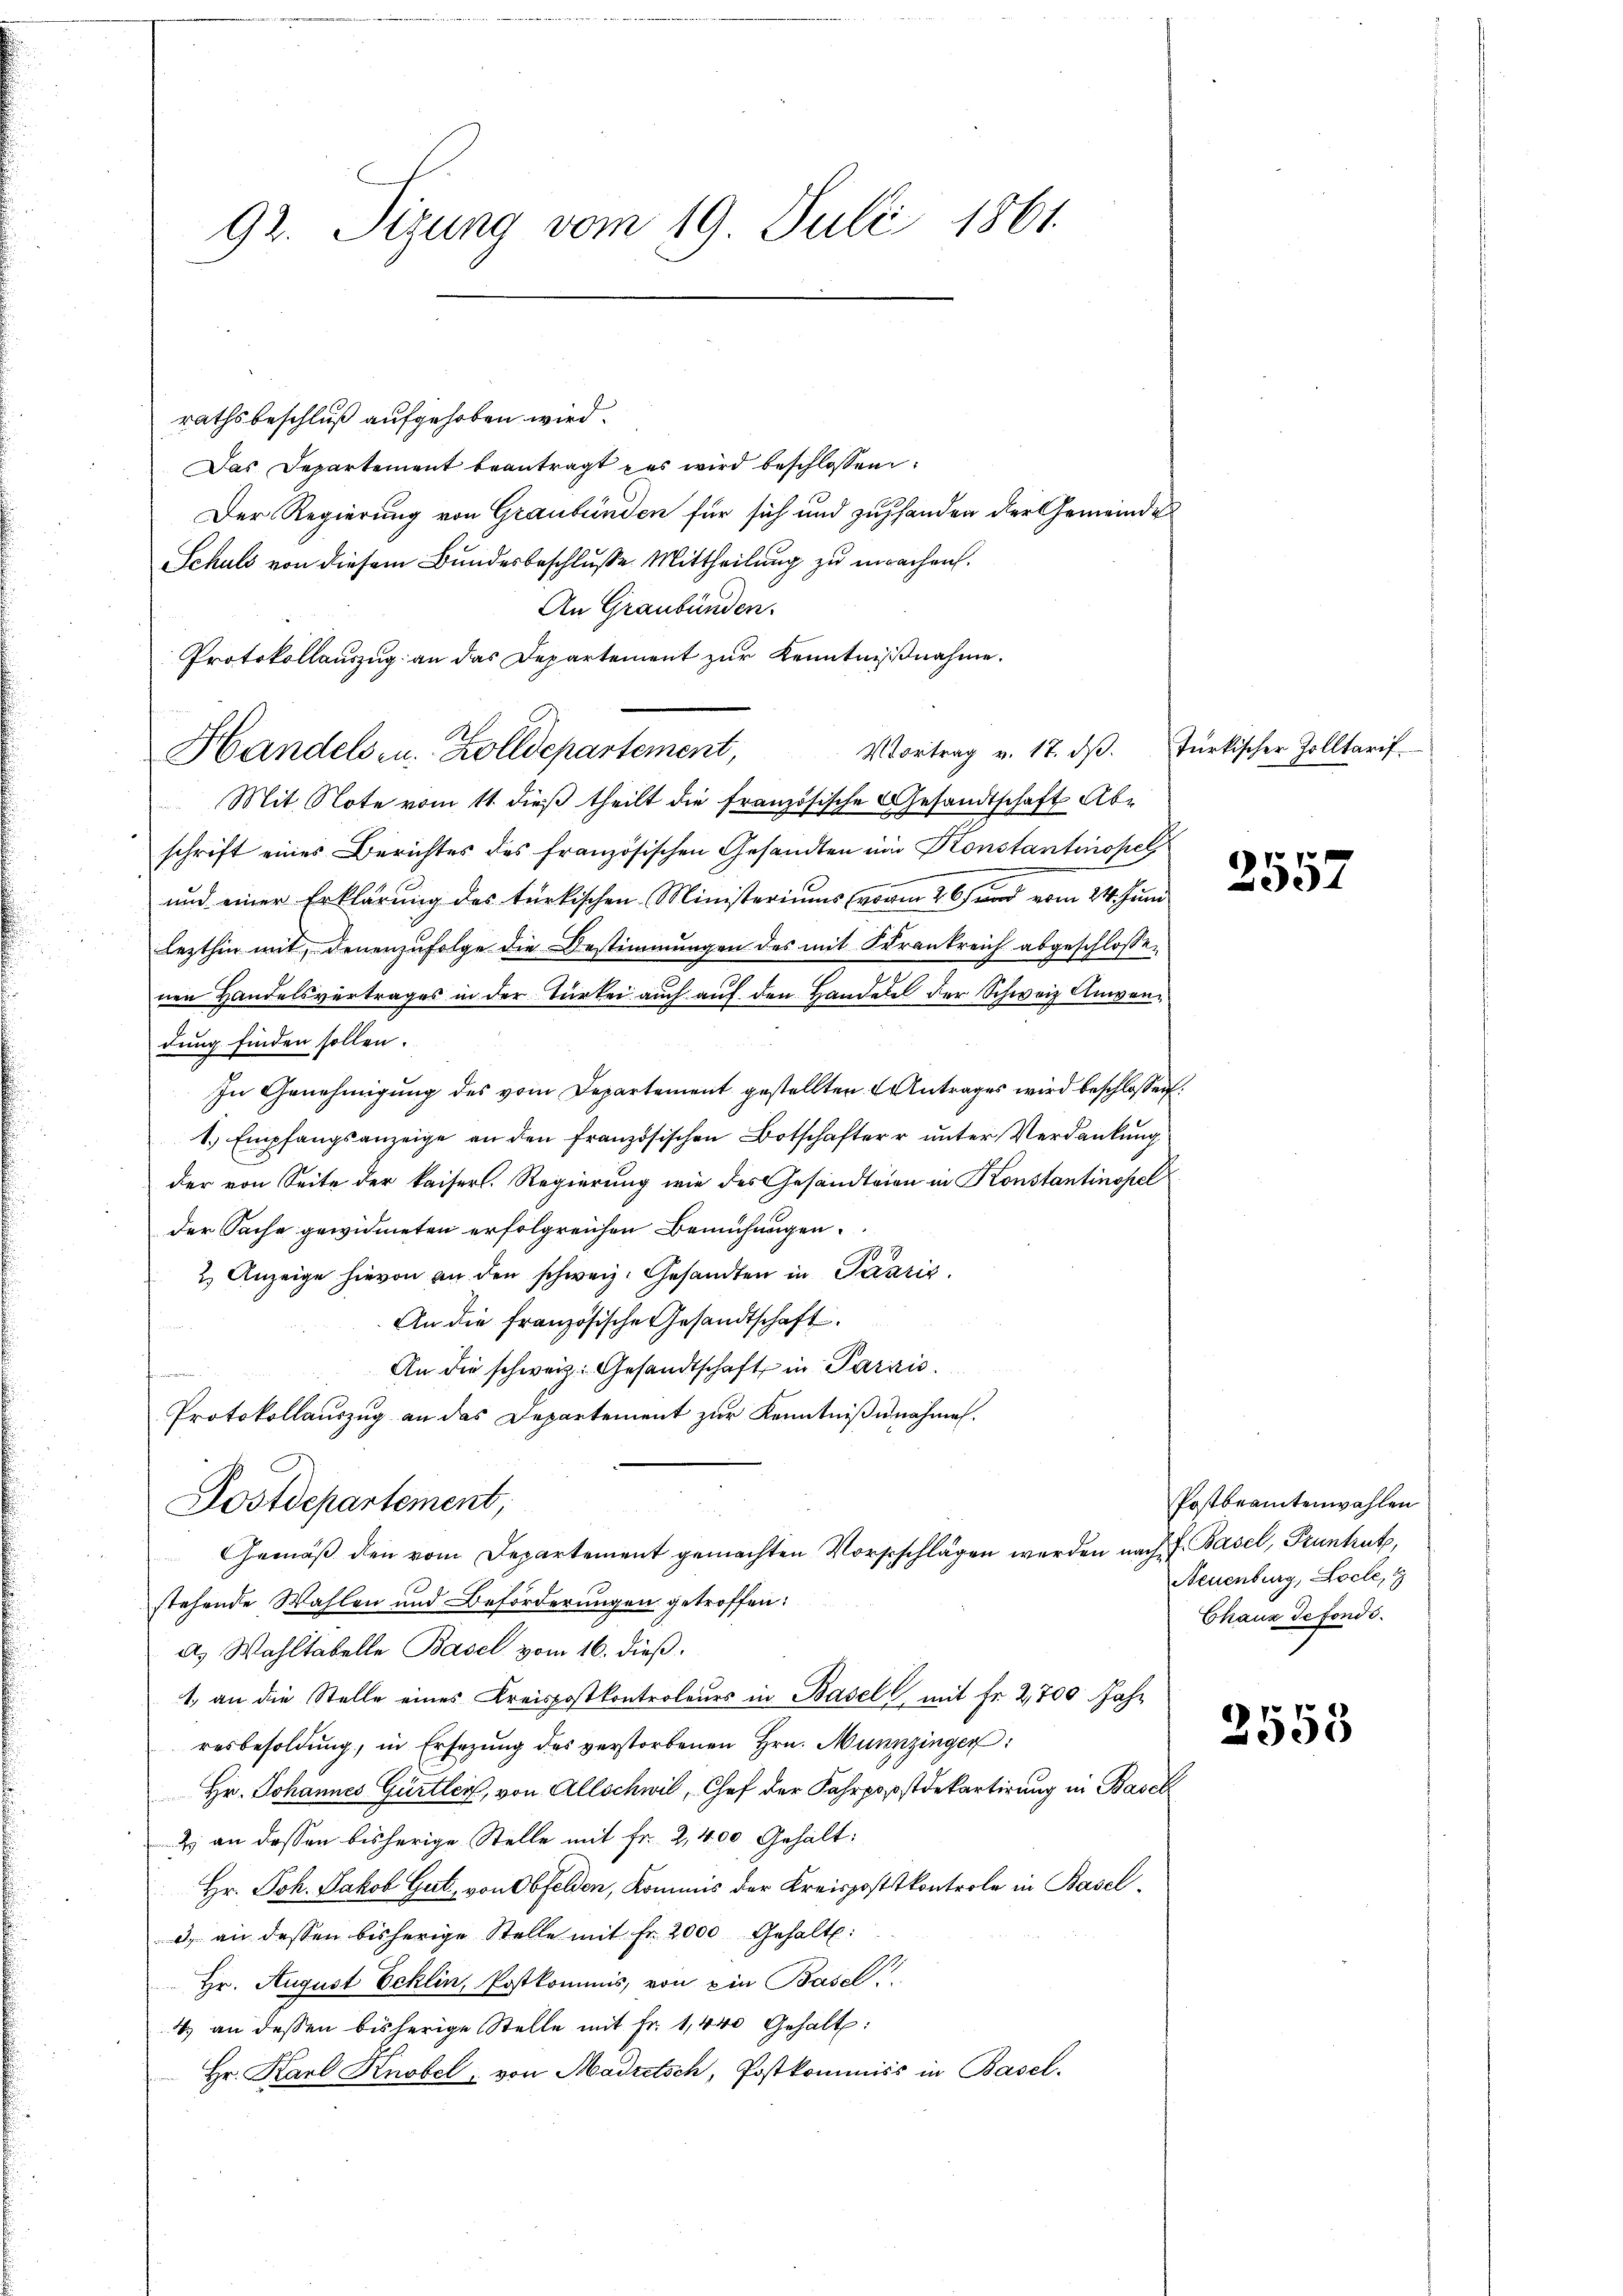
92. Sizung vom 19. Juli 1861.

rathsbeschluß aufgehoben wird.
Das Departement beantragt es wird beschlossen
Der Regierung von Graubünden für sich und zu handen der Gemeinde
Schuls von diesem Bundesbeschlusse Mittheilung zu machen.
An Graubünden.
Protokollauszug an das Departement zur Kenntnißnahme.
Vortrag v. 17. dβ. Türkischer Zolltarif
Handels- u. Zolldepartement,
Mit Note vom 11. dieß theilt die französische Gesandtschaft Abschrift eines Berichtes des französischen Gesandten und Konstantinopel
und einer Erklärung des türkischen Ministeriums (vom 26. und vom 24. Juni
lezthin mit, denenzufolge die Bestimmungen des mit Frankreich abgeschlosse-
nen Handelsvertrages in der Türkei auch auf den Handelel der Schweiz Anwendung finden sollen.
In Genehmigung des vom Departement gestellten Antrages wird beschlossen:
1.) Empfangsanzeige an den französischen Botschafter unter Verdankung
der von Seite der kaiserl. Regierung wie des Gesandtaion in Konstantinopel
der Sache gewidmeten erfolgreichen Bemühungen.
2. Anzeige hievon an den schweiz. Gesandten in Pararis.
An die französische Gesandtschaft.
An die schweiz. Gesandtschaft in Parais.
Protokollauszug an das Departement zur Kenntnißnahmen.
Postdepartement,
Gemäß den vom Departement gemachten Vorstschlägen werden nach f. Basel, Pruntrut,
stehende Wahlen und Beförderungen getroffen:
a. Wahltabelle Basel vom 16. dieß.
1. an die Stelle eines Kreispostkontroleurs in Basel mit Fr. 2,700 Jahr
resbesoldŭng, in Ersetzŭng des verstorbenen Hrn. Munzingen:
Hr. Johannes Gürtler, von Allschwil, Chef der Fahrpopstdepartirung in Basch
2) an dessen bisherige Stelle mit Fr. 2,400 Gehalt:
Hr. Joh. Jakob Gut, von Obfelden, Kommis der Kreisposttkontrole in Basel¬
3. an dessen bisherige Stelle mit Fr. 2000 Gehalt:
Hr. August Eeklin, Postkommis, von ein Basel
4) an dessen bisherige Stelle mit Fr. 1,440 Gehalt:
Hr. Karl, Knobel, von Madretsch, Postkommiss in Basel-

2557

Postbeamtenwahlen
Neuenburg, Loche, 8
Chaux de fonds.

2553